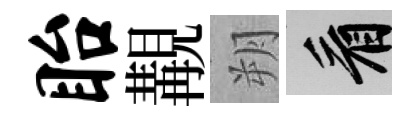
眙覯朔看